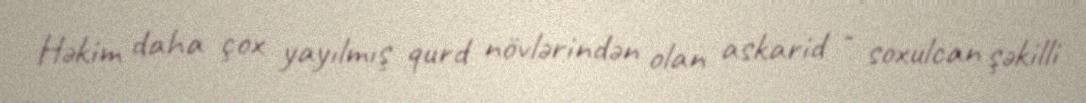
Həkim daha çox yayılmış qurd növlərindən olan askarid - soxulcan şəkilli